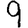
Digit: 9